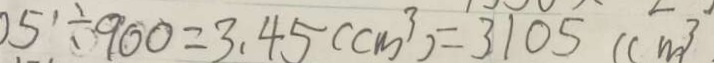
0 5 \div 9 0 0 = 3 . 4 5 ( c m ^ { 3 } ) = 3 1 0 5 ( c m ^ { 3 }